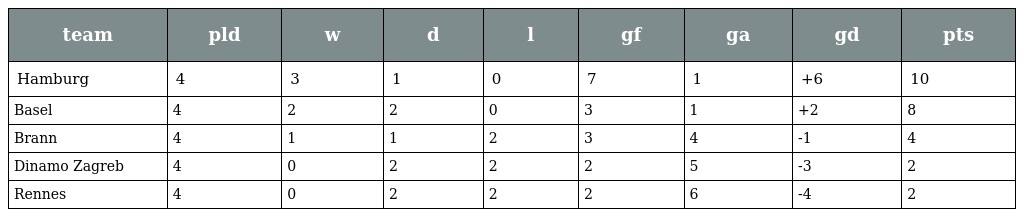
| team | pld | w | d | l | gf | ga | gd | pts |
 | --- | --- | --- | --- | --- | --- | --- | --- | --- |
 | Hamburg | 4 | 3 | 1 | 0 | 7 | 1 | +6 | 10 |
 | Basel | 4 | 2 | 2 | 0 | 3 | 1 | +2 | 8 |
 | Brann | 4 | 1 | 1 | 2 | 3 | 4 | -1 | 4 |
 | Dinamo Zagreb | 4 | 0 | 2 | 2 | 2 | 5 | -3 | 2 |
 | Rennes | 4 | 0 | 2 | 2 | 2 | 6 | -4 | 2 |